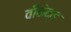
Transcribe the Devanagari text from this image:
वीकेन्ड